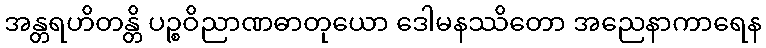
အန္တရဟိတန္တိ ပဉ္စဝိညာဏဓာတုယော ဒေါမနဿိတော အညေနာကာရေန